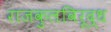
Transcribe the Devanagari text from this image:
राजकुलविरूद्ध